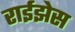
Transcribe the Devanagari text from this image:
राईझेस